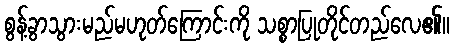
စွန့်ခွာသွားမည်မဟုတ်ကြောင်းကို သစ္စာပြုတိုင်တည်လေ၏။